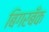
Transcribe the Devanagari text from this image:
बिगरबँक